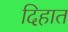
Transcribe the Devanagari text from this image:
दिहात